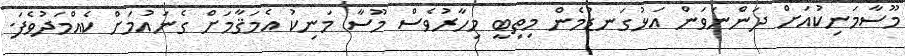
މޫސާމަނިކުއަށް ދަންނަވަން އަޅުގަނޑުމެން މިތިބީ މިހާރުވެސް މޫސާ މަނިކު އެމަޤާމަށް ގެނައުމަށް ކެއްމަދުވެފަ.